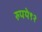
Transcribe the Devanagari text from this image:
रुपये९२